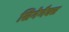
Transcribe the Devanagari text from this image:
सिनेमैक्स